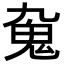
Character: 𩱼